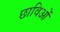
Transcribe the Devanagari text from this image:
छाविओं